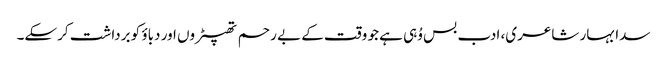
سدا بہار شاعری، ادب بس وُہی ہے جو وقت کے بے رحم تھپیڑوں اور دباؤ کو برداشت کرسکے۔